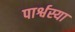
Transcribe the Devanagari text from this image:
पार्श्वस्या